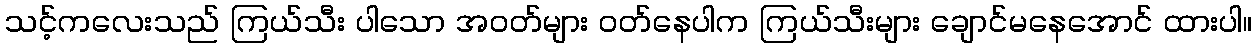
သင့်ကလေးသည် ကြယ်သီး ပါသော အဝတ်များ ဝတ်နေပါက ကြယ်သီးများ ချောင်မနေအောင် ထားပါ။